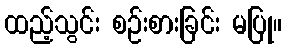
ထည့်သွင်း စဉ်းစားခြင်း မပြု။